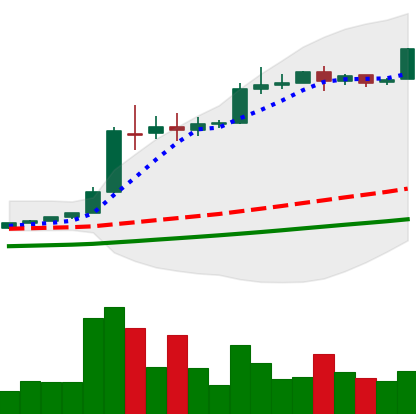
Ticker: BTC-USD
Chart end date: 2016-06-11
Forward return: 26.302%
Label: up_7plus